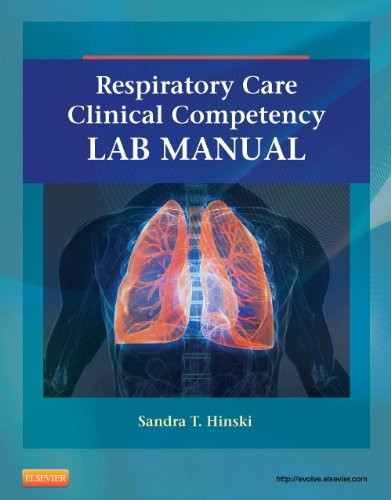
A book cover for Respiratory Care Clinical Competency Lab Manual, 1e; Sandra T Hinski MS  RRT-NPS; Medical Books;